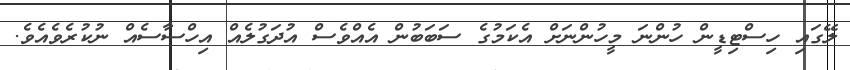
ލޭގައި ހިސްޓިޑީން ހުންނަ މީހުންނަށް އެކަމުގެ ސަބަބުން އެއްވެސް އުދަގުލެއް އިހްސާސެއް ނުކުރެވެއެވެ.